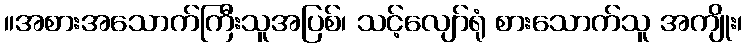
။အစားအသောက်ကြီးသူအပြစ်၊ သင့်လျော်ရုံ စားသောက်သူ အကျိုး၊